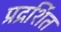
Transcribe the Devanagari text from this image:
प्रद्रर्शित